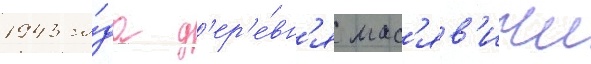
1943 го́да д'ер'е́вн'я мас'яв'ичи